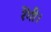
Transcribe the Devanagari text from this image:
रेंगी।